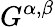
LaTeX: G^{\alpha,\beta}